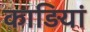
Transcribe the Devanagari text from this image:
काड़ियां